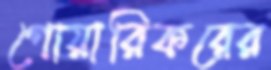
গোয়ারিকরের